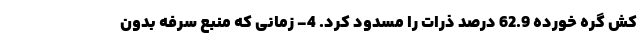
کش گره خورده 62.9 درصد ذرات را مسدود کرد. 4- زمانی که منبع سرفه بدون